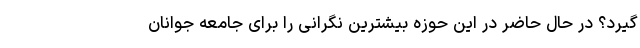
گیرد؟ در حال حاضر در این حوزه بیشترین نگرانی را برای جامعه جوانان